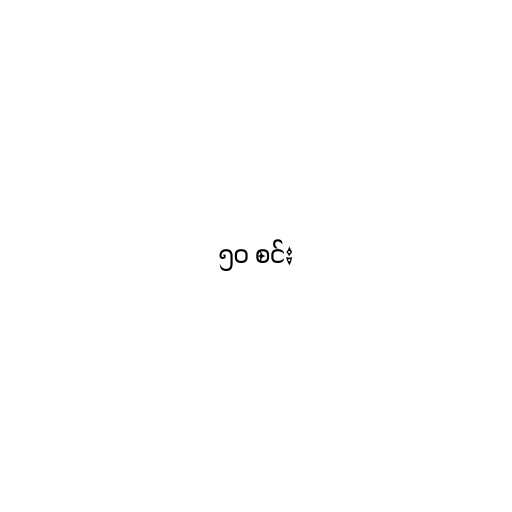
၅၀ စင်း